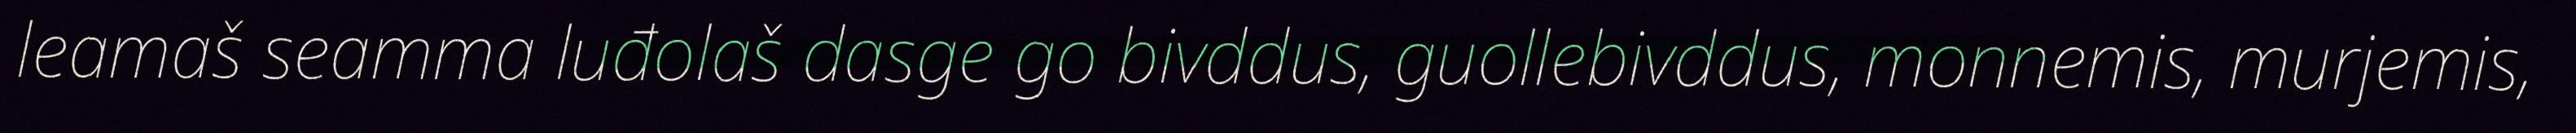
leamaš seamma luđolaš dasge go bivddus, guollebivddus, monnemis, murjemis,